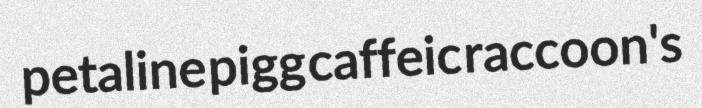
petaline pigg caffeic raccoon's